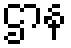
ဌာန